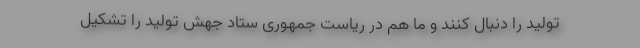
تولید را دنبال کنند و ما هم در ریاست جمهوری ستاد جهش تولید را تشکیل